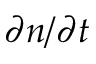
\partial n / \partial t